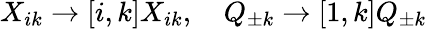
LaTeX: X_{ik}\to[i,k]X_{ik},\quad Q_{\pm k}\to[1,k]Q_{\pm k}